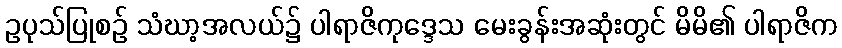
ဥပုသ်ပြုစဉ် သံဃာ့အလယ်၌ ပါရာဇိကုဒ္ဒေသ မေးခွန်းအဆုံးတွင် မိမိ၏ ပါရာဇိက